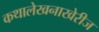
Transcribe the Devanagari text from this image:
कथालेखनाखेरीज